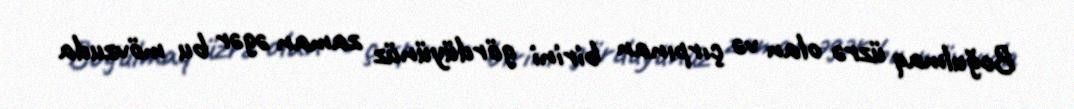
Boğulmaq üzrə olan və çırpınan birini gördüyünüz zaman əgər bu mövzuda